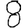
Digit: 8